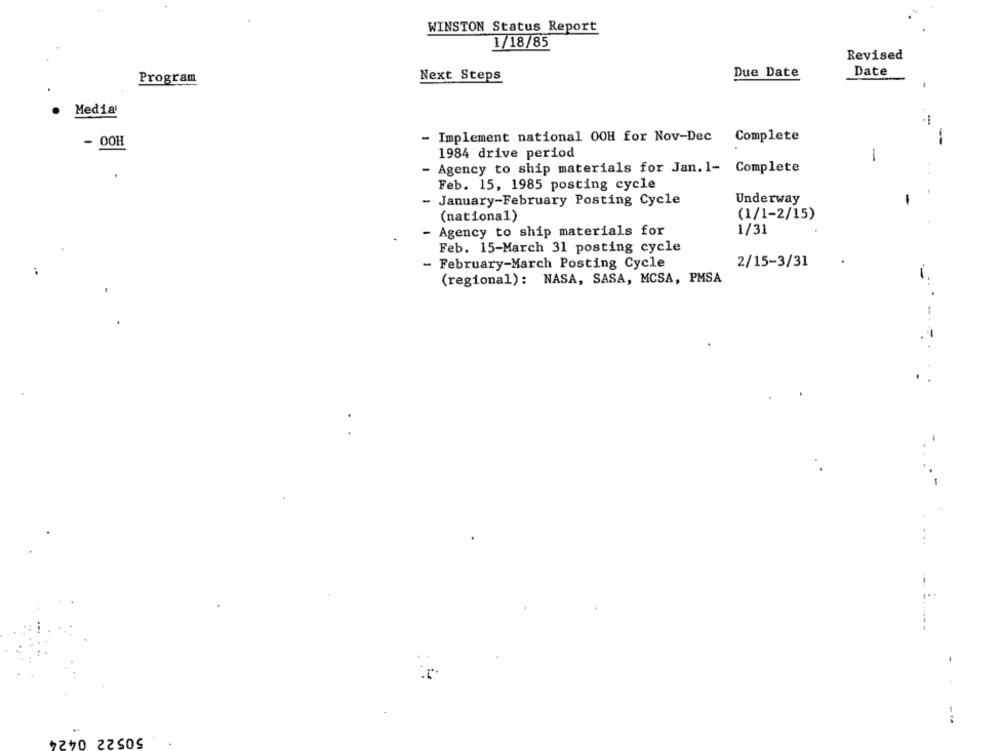
WINSTON Status Report
1/18/85
Revised
Due Date
Date
Program
Next Steps
Media
- 00H
- Implement national OOH for Nov-Dec Complete
--
1984 drive period
-
Agency to ship materials for Jan. 1- Complete
Feb. 15, 1985 posting cycle
January-February Posting Cycle
Underway
(national)
(1/1-2/15)
Agency to ship materials for
1/31
Feb. 15-March 31 posting cycle
- February-March Posting Cycle
2/15-3/31
i
(regional): NASA, SASA, MCSA, PMSA
.
. -
...
--
50522 0424